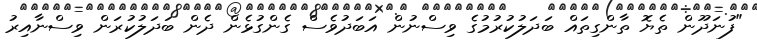
"ފުނަދޫން ތެޔޮ ތާންގިތައް ބަދަލުކުރުމުގެ ވިސްނުން އަބަދުވެސް ގެންގުޅެން ދެން ބަދަލުކުރަން ވިސްނާއިރު